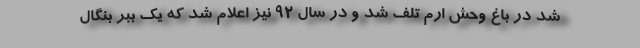
شد در باغ وحش ارم تلف شد و در سال ۹۲ نیز اعلام شد که یک ببر بنگال